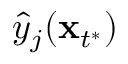
\hat { y } _ { j } ( \mathbf x _ { t ^ { * } } )